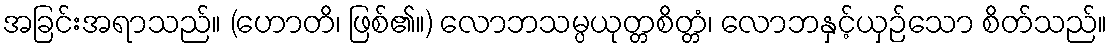
အခြင်းအရာသည်။ (ဟောတိ၊ ဖြစ်၏။) လောဘသမ္ပယုတ္တစိတ္တံ၊ လောဘနှင့်ယှဉ်သော စိတ်သည်။